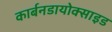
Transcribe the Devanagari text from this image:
कार्बनडायोक्साइड